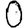
Digit: 0